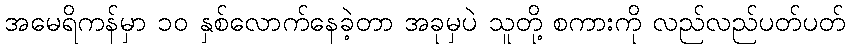
အမေရိကန်မှာ ၁၀ နှစ်လောက်နေခဲ့တာ အခုမှပဲ သူတို့ စကားကို လည်လည်ပတ်ပတ်